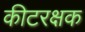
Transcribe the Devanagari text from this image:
कीटरक्षक